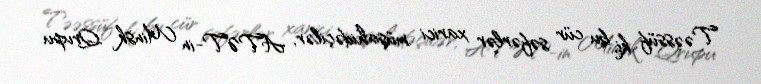
Təəssüf ki, bu cür səfərlər xarici müşahidəçilər, ATƏT-in Minsk Qrupu